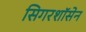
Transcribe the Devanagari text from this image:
सिगरशॉसेन